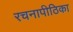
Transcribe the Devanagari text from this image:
रचनापीठिका